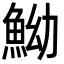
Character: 䱂